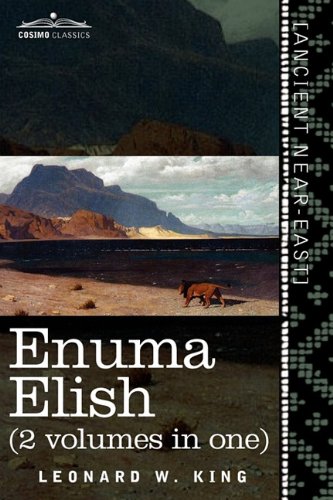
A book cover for Enuma Elish (2 Volumes in One): The Seven Tablets of Creation; The Babylonian and Assyrian Legends Concerning the Creation of the World and of Mankind; L. W. King; History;